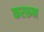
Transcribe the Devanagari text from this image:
कररून